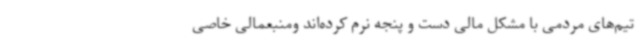
تیم‌های مردمی با مشکل مالی دست و پنجه نرم کرده‌اند ومنبعمالی خاصی